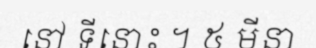
នៅ ទីនោះ ។ ៥ មីនា